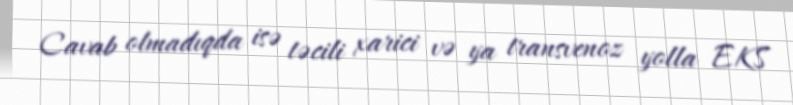
Cavab olmadıqda isə təcili xarici və ya transvenoz yolla EKS